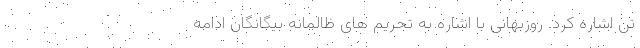
تن اشاره کرد. روزبهانی با اشاره به تحریم های ظالمانه بیگانگان ادامه